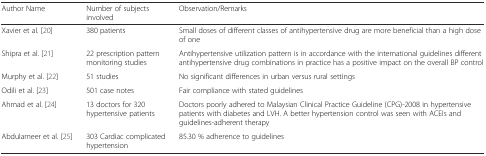
<table><thead><tr><td><b>Author Name</b></td><td><b>Number of subjects involved</b></td><td><b>Observation/Remarks</b></td></tr></thead><tbody><tr><td>Xavier et al. [20]</td><td>380 patients</td><td>Small doses of different classes of antihypertensive drug are more beneficial than a high dose of one</td></tr><tr><td>Shipra et al. [21]</td><td>22 prescription pattern monitoring studies</td><td>Antihypertensive utilization pattern is in accordance with the international guidelines different antihypertensive drug combinations in practice has a positive impact on the overall BP control</td></tr><tr><td>Murphy et al. [22]</td><td>51 studies</td><td>No significant differences in urban versus rural settings</td></tr><tr><td>Odili et al. [23]</td><td>501 case notes</td><td>Fair compliance with stated guidelines</td></tr><tr><td>Ahmad et al. [24]</td><td>13 doctors for 320 hypertensive patients</td><td>Doctors poorly adhered to Malaysian Clinical Practice Guideline (CPG)-2008 in hypertensive patients with diabetes and LVH. A better hypertension control was seen with ACEIs and guidelines-adherent therapy</td></tr><tr><td>Abdulameer et al. [25]</td><td>303 Cardiac complicated hypertension</td><td>85.30 % adherence to guidelines</td></tr></tbody></table>